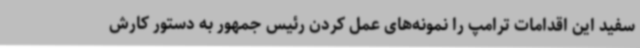
سفید این اقدامات ترامپ را نمونه‌های عمل کردن رئیس جمهور به دستور کارش